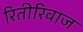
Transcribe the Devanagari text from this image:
रितीरिवाज